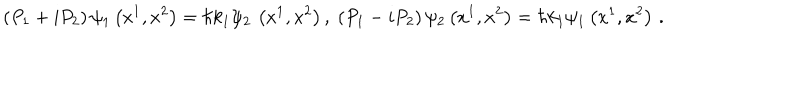
\left( P _ { 1 } + i P _ { 2 } \right) \psi _ { 1 } \left( x ^ { 1 } , x ^ { 2 } \right) = \hbar k _ { 1 } \psi _ { 2 } \, \left( x ^ { 1 } , x ^ { 2 } \right) , \; \left( P _ { 1 } - i P _ { 2 } \right) \psi _ { 2 } \left( x ^ { 1 } , x ^ { 2 } \right) = \hbar k _ { 1 } \psi _ { 1 } \left( x ^ { 1 } , x ^ { 2 } \right) \, .